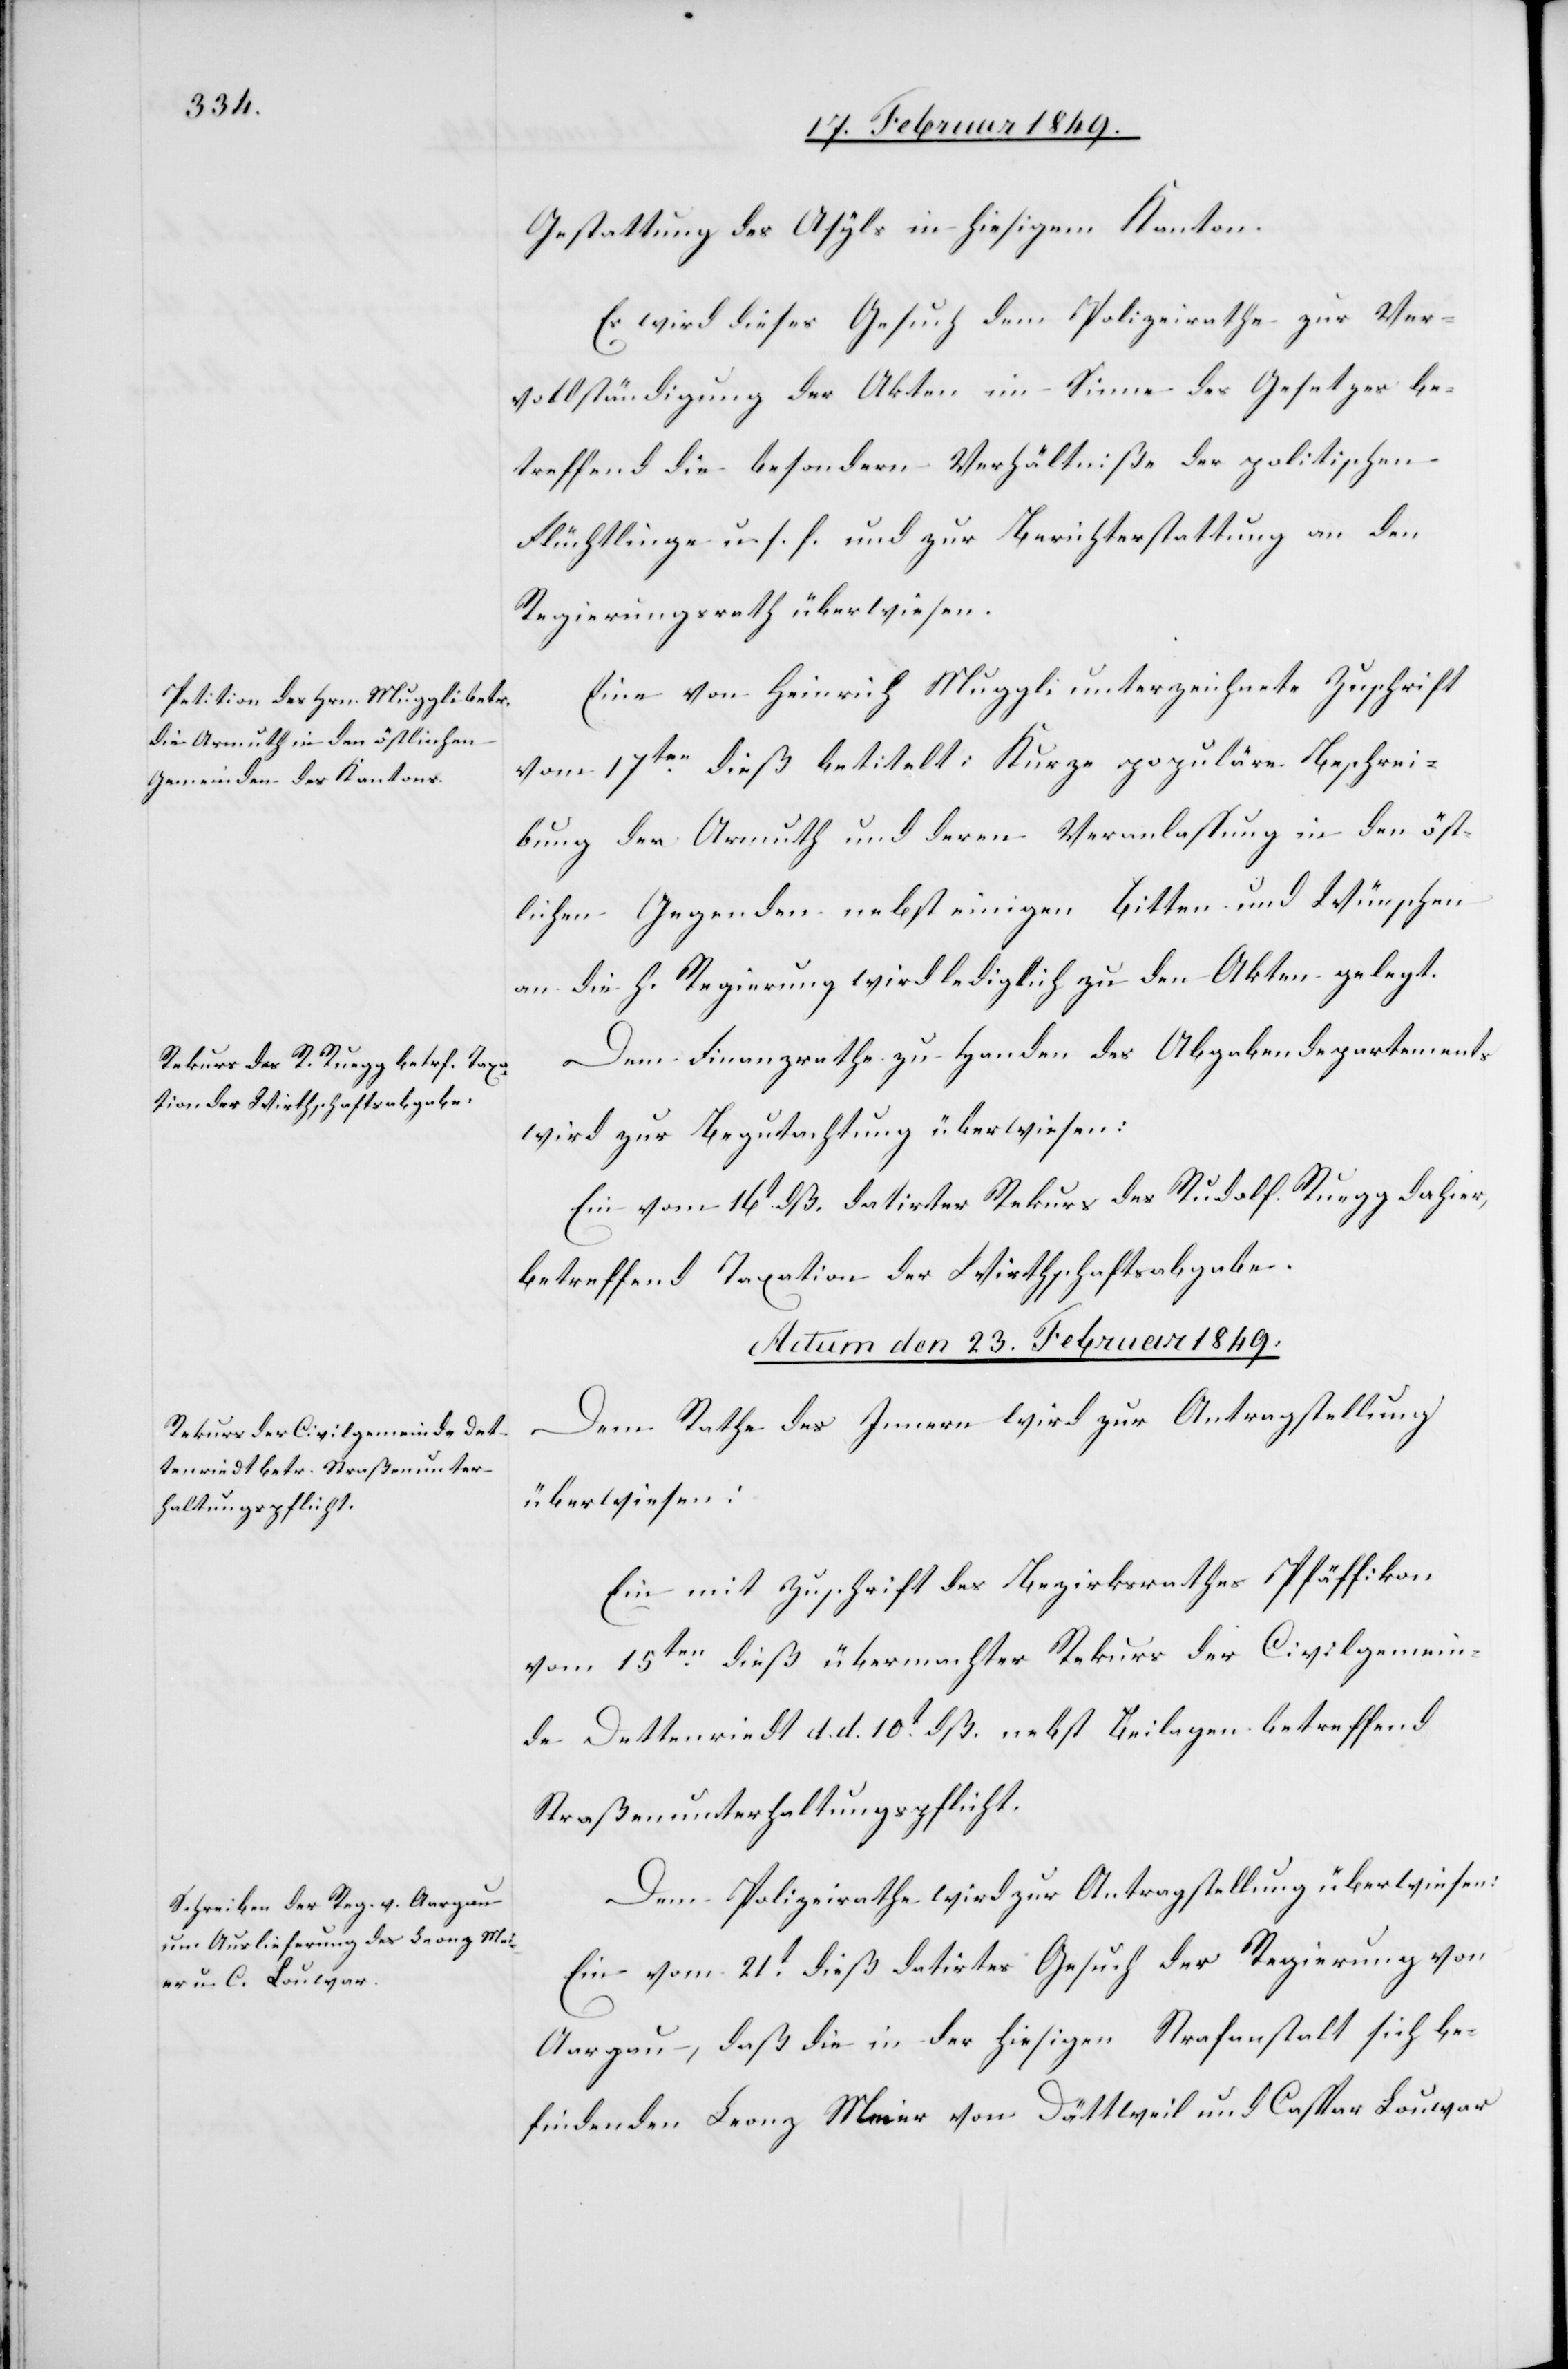
Gestattung des Asyls in hiesigem Kanton.
Es wird dieses Gesuch dem Polizeirathe zur Ver¬
vollständigung der Akten im Sinne des Gesetzes be¬
treffend die besondern Verhältniße der politischen
Flüchlinge u. s. f. und zur Berichterstattung an den
Regierungsrath überwiesen.
Eine von Heinrich Muggli unterzeichnete Zuschrift
vom 17ten. dieß betitelt: Kurze populäre Beschrei¬
bung der Armuth und deren Veranlassung in den öst¬
lichen Gegenden nebst einigen Bitten und Wünschen
an die h. Regierung wird lediglich zu den Akten gelegt.
Dem Finanzrathe zu Handen des Abgabendepartements
wird zur Begutachtung überwiesen:
Ein vom 16t. dß. datirter Rekurs des Rudolf Ruegg dahier,
betreffend Taxation der Wirthschaftsabgabe.
Actum den 23. Februar 1849.]
Dem Rathe des Innern wird zur Antragstellung
überwiesen:
Ein mit Zuschrift des Bezirksrathes Pfäffikon
vom 15ten. dieß übermachter Rekurs der Civilgemein¬
de Dettenriedt d. d. 10t. dß. nebst Beilagen betreffend
Straßenunterhaltungspflicht.
Dem Polizeirathe wird zur Antragstellung überwiesen:
Ein vom 21t. dieß datirtes Gesuch der Regierung von
Aargau, daß die in der hiesigen Strafanstalt sich be¬
findenen Leonz Meier von Dättweil und Caspar Louwar